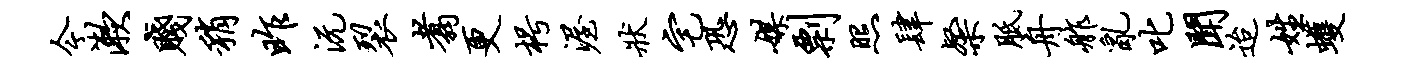
今漱贱稍昨沅裂翥更枵渥状宅恐媒剽照肆粲胝舟舴乱叱闻迨姓蠖